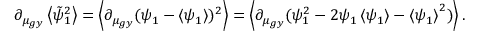
\partial _ { \mu _ { g y } } \left\langle \tilde { \psi } _ { 1 } ^ { 2 } \right\rangle = \left\langle \partial _ { \mu _ { g y } } ( \psi _ { 1 } - \left\langle \psi _ { 1 } \right\rangle ) ^ { 2 } \right\rangle = \left\langle \partial _ { \mu _ { g y } } ( \psi _ { 1 } ^ { 2 } - 2 \psi _ { 1 } \left\langle \psi _ { 1 } \right\rangle - \left\langle \psi _ { 1 } \right\rangle ^ { 2 } ) \right\rangle .